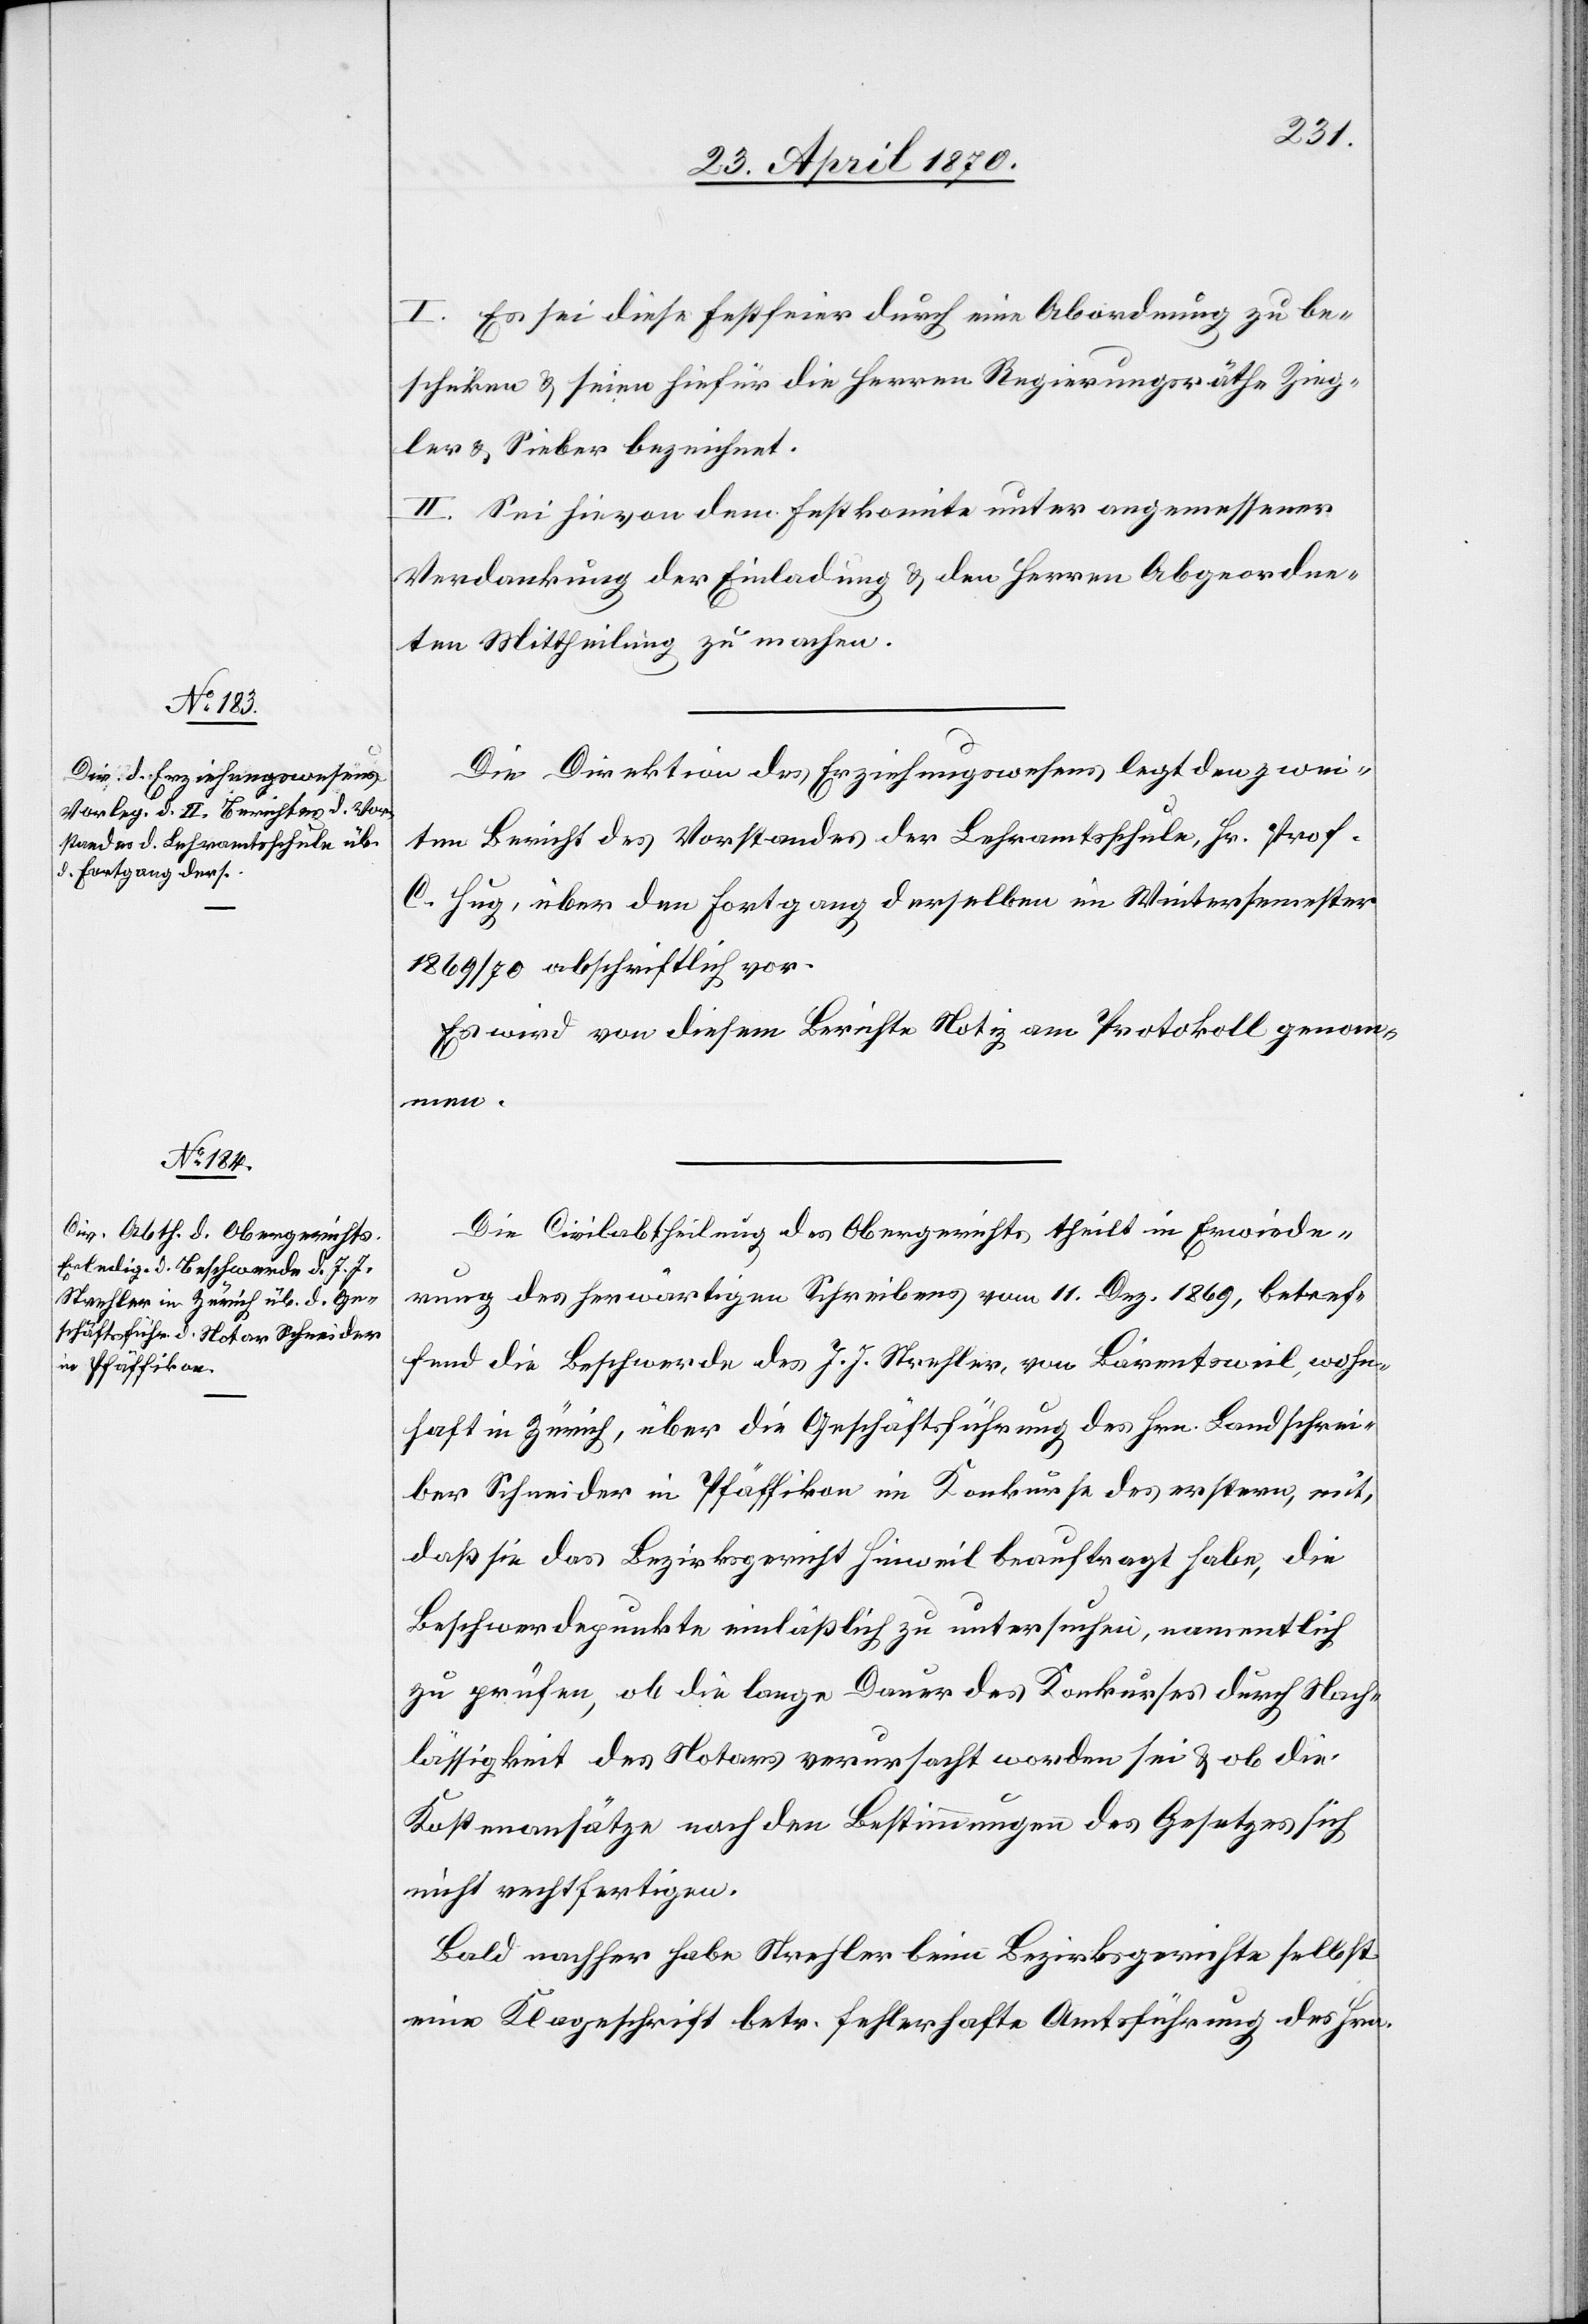
I. Es sei diese Festfeier durch eine Abordnung zu be¬
schicken & seien hiefür die Herren Regierungsräthe Zieg¬
ler & Sieber bezeichnet.
II. Sei hievon dem Festkomite unter angemessener
Verdankung der Einladung & den Herren Abgeordne¬
ten Mittheilung zu machen.
Die Direktion des Erziehungswesens legt den zwei¬
ten Bericht des Vorstandes der Lehramtsschule, Hr. Prof.
C. Hug, über den Fortgang derselben im Wintersemester
1869/70 abschriftlich vor.
Es wird von diesem Berichte Notiz am Protokoll genom¬
men.
Die Civilabtheilung des Obergerichts theilt in Erwiede¬
rung des herwärtigen Schreibens vom 11. Dez. 1869, betref¬
fend die Beschwerde des J. J. Strehler, von Bärentsweil, wohn¬
haft in Zürich, über die Geschäftsführung des Hrn. Landschrei¬
ber Schneider in Pfäffikon im Konkurse des erstern, mit,
daß sie das Bezirksgericht Hinweil beauftragt habe, die
Beschwerdepunkte einläßlich zu untersuchen, namentlich
zu prüfen, ob die lange Dauer des Konkurses durch Nach¬
lässigkeit des Notars verursacht worden sei & ob die
Kostenansätze nach den Bestimmungen des Gesetzes sich
nicht rechtfertigen.
Bald nachher habe Strehler beim Bezirksgerichte selbst
eine Klageschrift betr. fehlerhafte Amtsführung des Hrn.